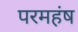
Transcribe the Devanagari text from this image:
परमहंष